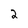
Character: 2